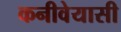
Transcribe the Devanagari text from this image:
कनीवेयासी